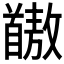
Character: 𫗺